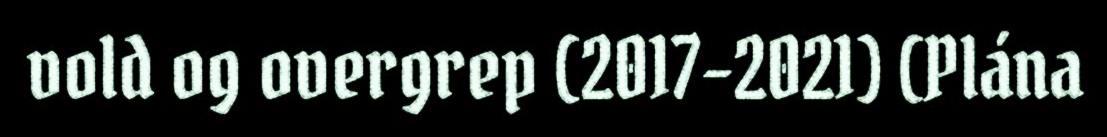
vold og overgrep (2017–2021) (Plána